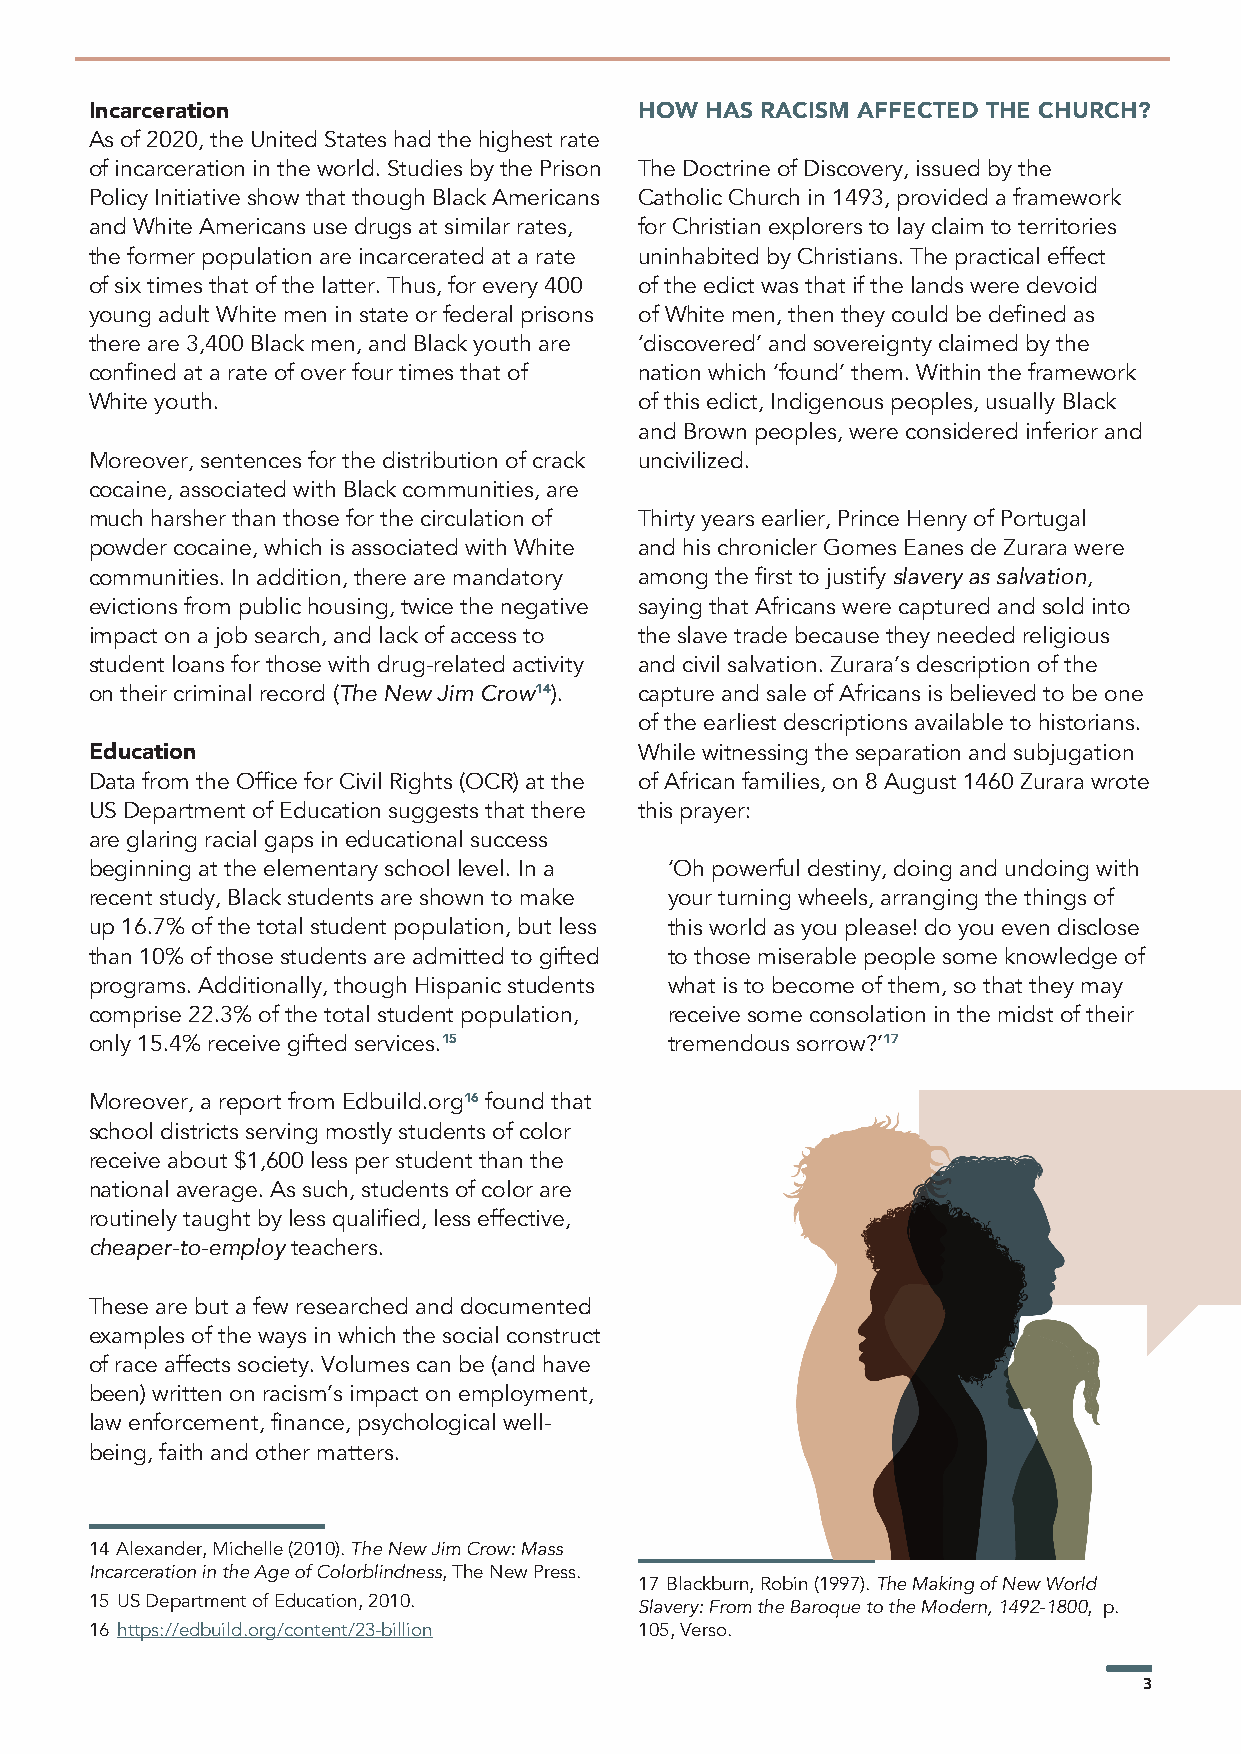
Incarceration                       HOW  HAS RACISM AFFECTED THE CHURCH?
 As of 2020, the United States had the highest rate
 of incarceration in the world. Studies by the Prison The Doctrine of Discovery, issued by the
 Policy Initiative show that though Black Americans Catholic Church in 1493, provided a framework
 and White Americans use drugs at similar rates, for Christian explorers to lay claim to territories
 the former population are incarcerated at a rate uninhabited by Christians. The practical effect
 of six times that of the latter. Thus, for every 400 of the edict was that if the lands were devoid
 young adult White men in state or federal prisons of White men, then they could be defined as
 there are 3,400 Black men, and Black youth are ‘discovered’ and sovereignty claimed by the
 confined at a rate of over four times that of nation which ‘found’ them. Within the framework
 White youth.                        of this edict, Indigenous peoples, usually Black
 and Brown peoples, were considered inferior and
 Moreover, sentences for the distribution of crack uncivilized.
 cocaine, associated with Black communities, are
 much harsher than those for the circulation of Thirty years earlier, Prince Henry of Portugal
 powder cocaine, which is associated with White and his chronicler Gomes Eanes de Zurara were
 communities. In addition, there are mandatory among the first to justify slavery as salvation,
 evictions from public housing, twice the negative saying that Africans were captured and sold into
 impact on a job search, and lack of access to the slave trade because they needed religious
 student loans for those with drug-related activity and civil salvation. Zurara’s description of the
 on their criminal record (The New Jim Crow14). capture and sale of Africans is believed to be one
 of the earliest descriptions available to historians.
 Education                           While witnessing the separation and subjugation
 Data from the Office for Civil Rights (OCR) at the of African families, on 8 August 1460 Zurara wrote
 US Department of Education suggests that there this prayer:
 are glaring racial gaps in educational success
 beginning at the elementary school level. In a ‘Oh powerful destiny, doing and undoing with
 recent study, Black students are shown to make your turning wheels, arranging the things of
 up 16.7% of the total student population, but less this world as you please! do you even disclose
 than 10% of those students are admitted to gifted to those miserable people some knowledge of
 programs. Additionally, though Hispanic students what is to become of them, so that they may
 comprise 22.3% of the total student population, receive some consolation in the midst of their
 only 15.4% receive gifted services.15 tremendous sorrow?’17
 Moreover, a report from Edbuild.org16 found that
 school districts serving mostly students of color
 receive about $1,600 less per student than the
 national average. As such, students of color are
 routinely taught by less qualified, less effective,
 cheaper-to-employ teachers.
 These are but a few researched and documented
 examples of the ways in which the social construct
 of race affects society. Volumes can be (and have
 been) written on racism’s impact on employment,
 law enforcement, finance, psychological well-
 being, faith and other matters.
 14 Alexander, Michelle (2010). The New Jim Crow: Mass
 Incarceration in the Age of Colorblindness, The New Press.
 17 Blackburn, Robin (1997). The Making of New World
 15 US Department of Education, 2010. Slavery: From the Baroque to the Modern, 1492-1800, p.
 16 https://edbuild.org/content/23-billion 105, Verso.
 3